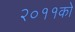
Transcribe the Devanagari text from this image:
२०११को